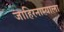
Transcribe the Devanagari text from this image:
जाहिरनाम्याला